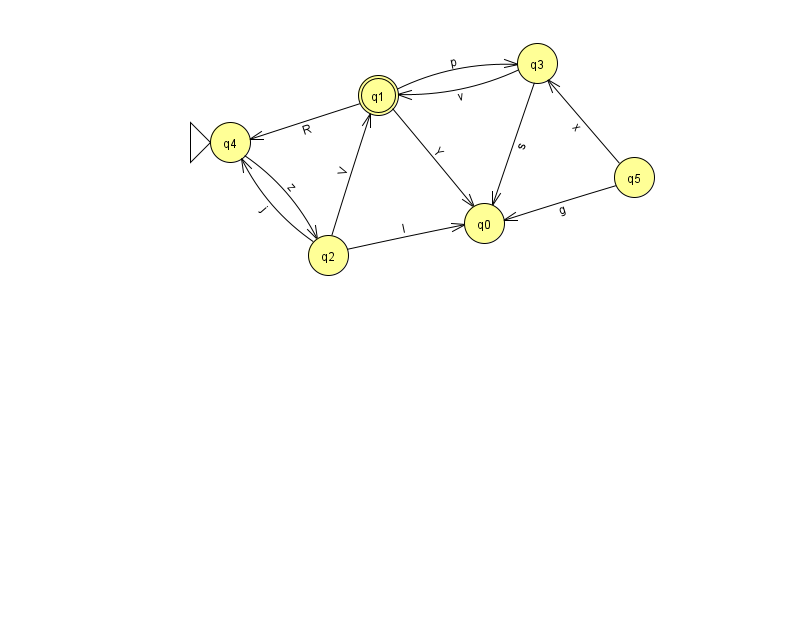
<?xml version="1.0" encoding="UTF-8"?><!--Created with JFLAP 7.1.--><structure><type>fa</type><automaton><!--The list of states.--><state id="0" name="q0"><x>484.0</x><y>210.0</y></state><state id="1" name="q1"><x>378.0</x><y>82.0</y><final/></state><state id="2" name="q2"><x>328.0</x><y>242.0</y></state><state id="3" name="q3"><x>537.0</x><y>50.0</y></state><state id="4" name="q4"><x>230.0</x><y>129.0</y><initial/></state><state id="5" name="q5"><x>634.0</x><y>164.0</y></state><!--The list of transitions.--><transition><from>1</from><to>0</to><read>Y</read></transition><transition><from>5</from><to>3</to><read>x</read></transition><transition><from>2</from><to>4</to><read>j</read></transition><transition><from>4</from><to>2</to><read>z</read></transition><transition><from>2</from><to>0</to><read>l</read></transition><transition><from>2</from><to>1</to><read>V</read></transition><transition><from>3</from><to>0</to><read>s</read></transition><transition><from>5</from><to>0</to><read>g</read></transition><transition><from>1</from><to>4</to><read>R</read></transition><transition><from>3</from><to>1</to><read>v</read></transition><transition><from>1</from><to>3</to><read>p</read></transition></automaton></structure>